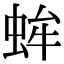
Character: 蛑